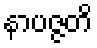
နာပဇ္ဇတိ